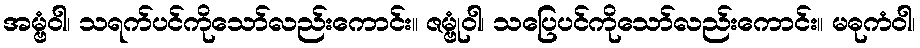
အမ္ဗံဝါ၊ သရက်ပင်ကိုသော်လည်းကောင်း။ ဇမ္ဗုံဝါ၊ သပြေပင်ကိုသော်လည်းကောင်း။ မဓုကံဝါ၊